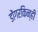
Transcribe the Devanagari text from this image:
डोंगरकिन्ही